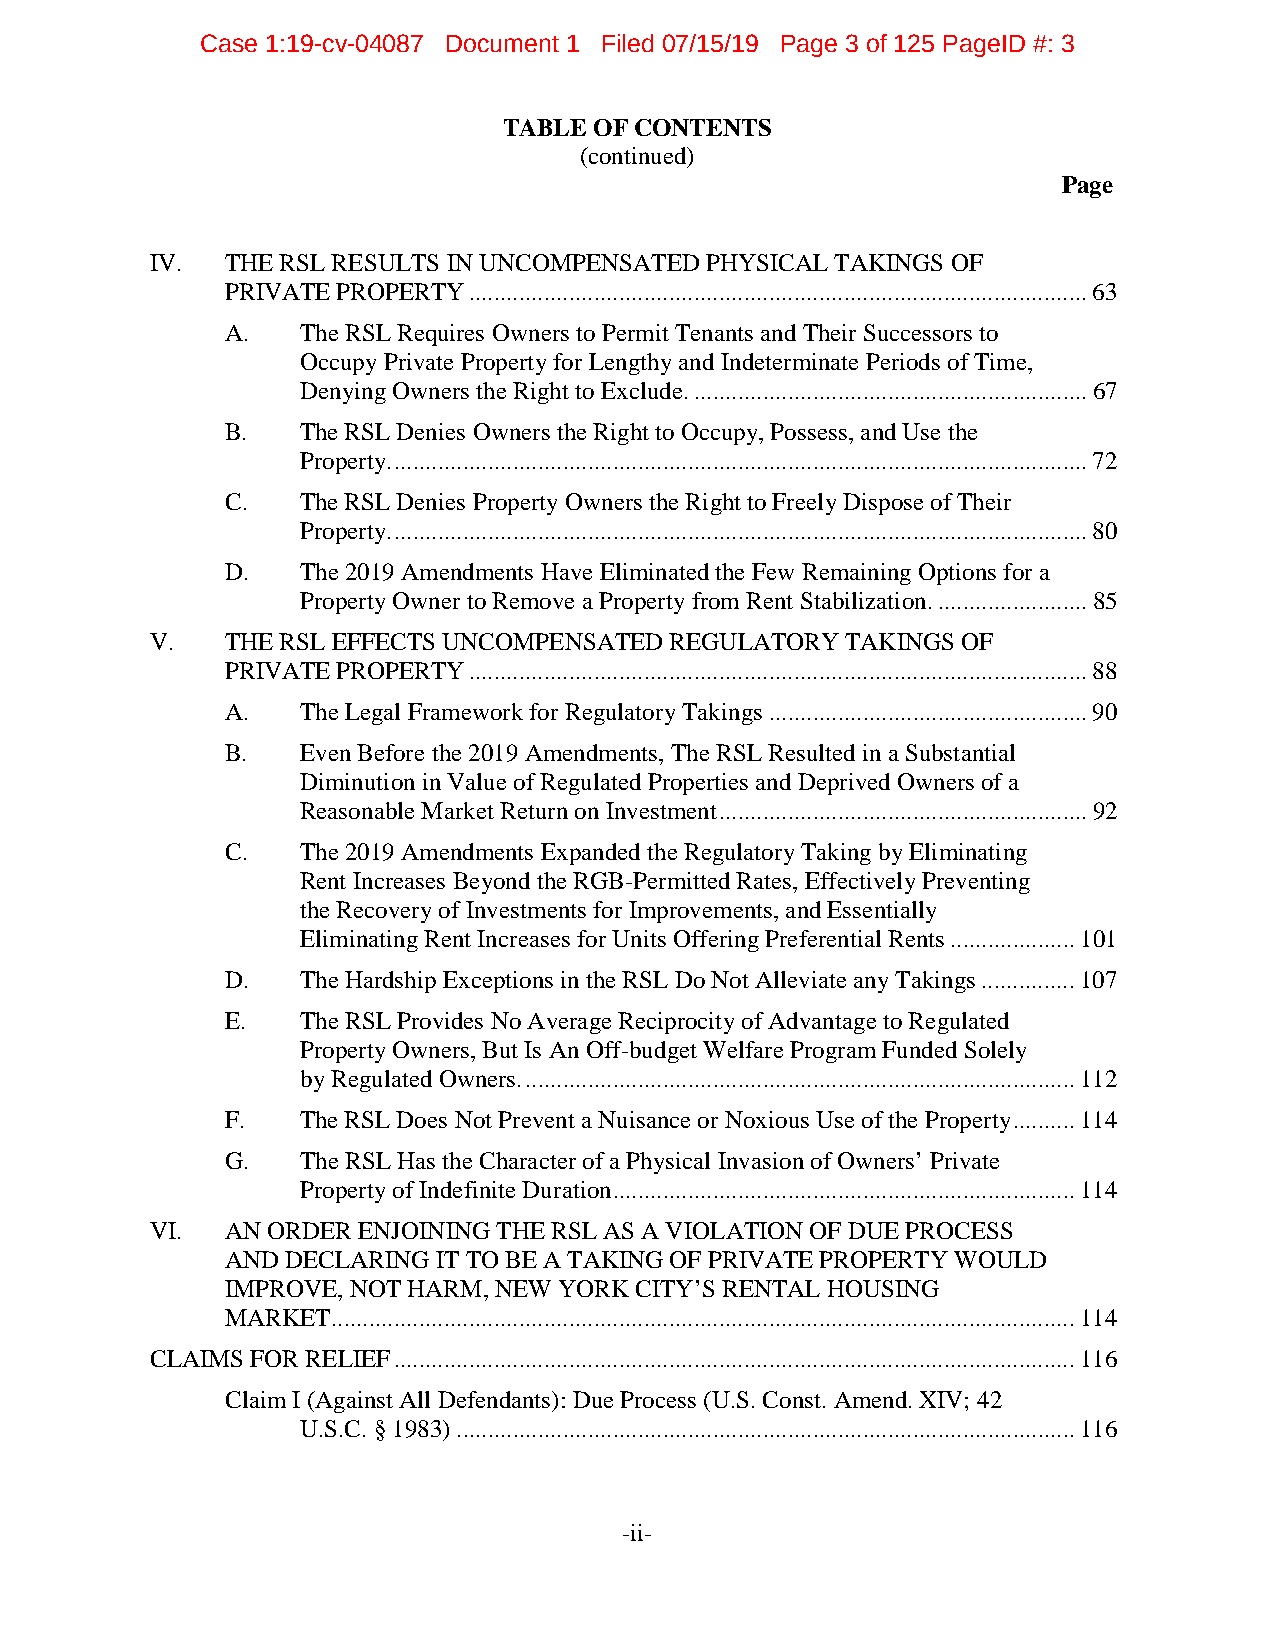
Case 1:19-cv-04087 Document 1 Filed 07/15/19 Page 3 of 125 PageID #: 3
 TABLE OF CONTENTS
 (continued)
 Page
 IV.  THE RSL RESULTS IN UNCOMPENSATED PHYSICAL TAKINGS OF
 PRIVATE PROPERTY ................................................................................................... 63
 A.   The RSL Requires Owners to Permit Tenants and Their Successors to
 Occupy Private Property for Lengthy and Indeterminate Periods of Time,
 Denying Owners the Right to Exclude. ............................................................... 67
 B.   The RSL Denies Owners the Right to Occupy, Possess, and Use the
 Property. ............................................................................................................... 72
 C.   The RSL Denies Property Owners the Right to Freely Dispose of Their
 Property. ............................................................................................................... 80
 D.   The 2019 Amendments Have Eliminated the Few Remaining Options for a
 Property Owner to Remove a Property from Rent Stabilization. ........................ 85
 V.   THE RSL EFFECTS UNCOMPENSATED REGULATORY TAKINGS OF
 PRIVATE PROPERTY ................................................................................................... 88
 A.   The Legal Framework for Regulatory Takings ................................................... 90
 B.   Even Before the 2019 Amendments, The RSL Resulted in a Substantial
 Diminution in Value of Regulated Properties and Deprived Owners of a
 Reasonable Market Return on Investment ........................................................... 92
 C.   The 2019 Amendments Expanded the Regulatory Taking by Eliminating
 Rent Increases Beyond the RGB-Permitted Rates, Effectively Preventing
 the Recovery of Investments for Improvements, and Essentially
 Eliminating Rent Increases for Units Offering Preferential Rents .................... 101
 D.   The Hardship Exceptions in the RSL Do Not Alleviate any Takings ............... 107
 E.   The RSL Provides No Average Reciprocity of Advantage to Regulated
 Property Owners, But Is An Off-budget Welfare Program Funded Solely
 by Regulated Owners. ........................................................................................ 112
 F.   The RSL Does Not Prevent a Nuisance or Noxious Use of the Property .......... 114
 G.   The RSL Has the Character of a Physical Invasion of Owners’ Private
 Property of Indefinite Duration .......................................................................... 114
 VI.  AN ORDER ENJOINING THE RSL AS A VIOLATION OF DUE PROCESS
 AND DECLARING IT TO BE A TAKING OF PRIVATE PROPERTY WOULD
 IMPROVE, NOT HARM, NEW YORK CITY’S RENTAL HOUSING
 MARKET ....................................................................................................................... 114
 CLAIMS FOR RELIEF ............................................................................................................. 116
 Claim I (Against All Defendants): Due Process (U.S. Const. Amend. XIV; 42
 U.S.C. § 1983) ................................................................................................... 116
 -ii-